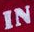
IN